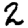
Digit: 2